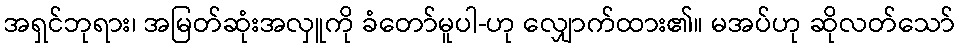
အရှင်ဘုရား၊ အမြတ်ဆုံးအလှူကို ခံတော်မူပါ-ဟု လျှောက်ထား၏။ မအပ်ဟု ဆိုလတ်သော်